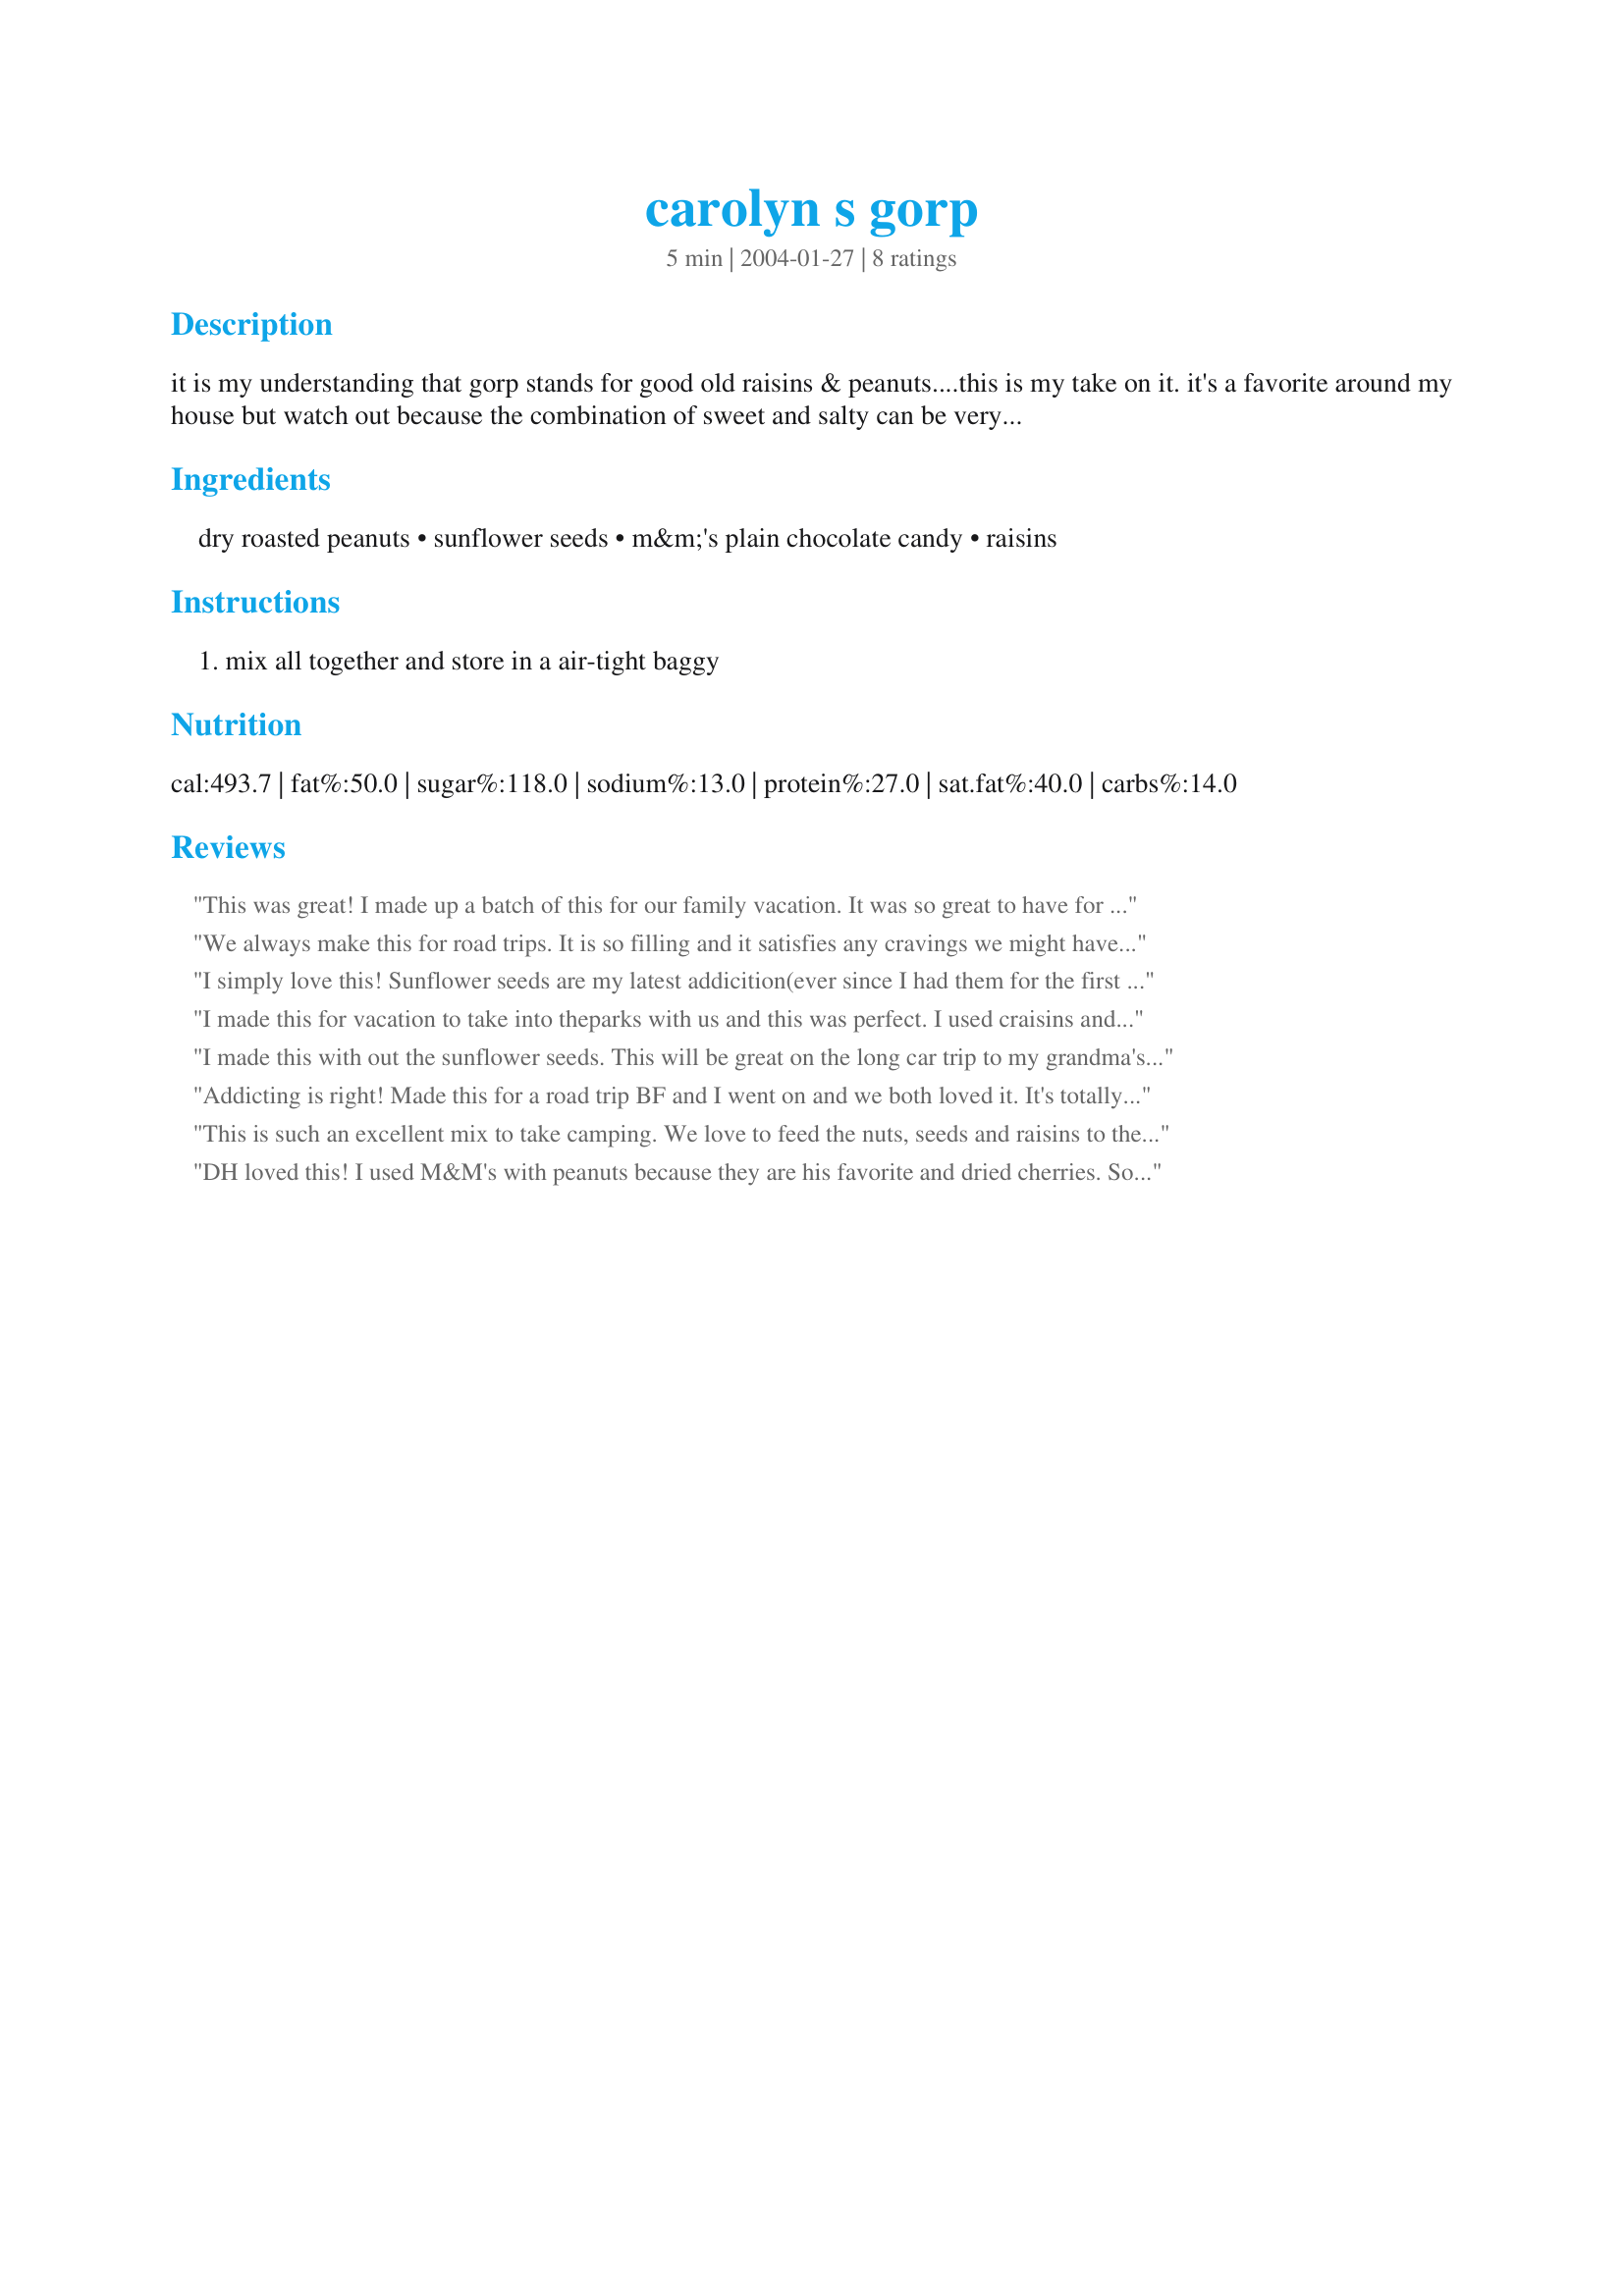
carolyn s gorp
Preparation time: 5 minutes

it is my understanding that gorp stands for good old raisins & peanuts....this is my take on it. it's a favorite around my house but watch out because the combination of sweet and salty can be very addictive.

Ingredients:
dry roasted peanuts, sunflower seeds, m&m's plain chocolate candy, raisins

Steps:
mix all together and store in a air-tight baggy

Reviews:
This was great! I made up a batch of this for our family vacation. It was so great to have for the long car ride. I carried plastic cups along and passed out servings to my kids whenever they shouted that they were hungry! So easy and yummy!
We always make this for road trips. It is so filling and it satisfies any cravings we might have so we can avoid Gas station snacking (you know, grabbing chocolate bars, bags of chips, etc.) I have never used sunflower seeds before, but that might be a really nice addition. 
For ease of measuring, I always get a can of planter's salted peanuts, a box of raisins (not the small individual boxes, but one size up) and the big bag of M&M's. The longer it sits the better it tastes.
I simply love this! Sunflower seeds are my latest addicition(ever since I had them for the first time in Pizza Hut here in FL, USA). Peanuts have been my all-time favourite nuts and chocolate is what the 'C' in my name stands for. When I saw this recipe, I simply put it together and voila! It is ADDICTIVE! I will have to go make some more because my dad is enjoying this just as much as I am:-)
Thank you for sharing such a fun and easy to fix goodie!
I made this for vacation to take into theparks with us and this was perfect. I used craisins and it was great. I liked the combo of salty and sweet. Thank you for posting.
I made this with out the sunflower seeds. This will be great on the long car trip to my grandma's house. :)
Addicting is right! Made this for a road trip BF and I went on and we both loved it. It's totally filling and the sweet and salty is perfect. I used dried cranberries and a mix of peanut and regular M&Ms for an excellent mix of flavors. Thanks!
This is such an excellent mix to take camping. We love to feed the nuts, seeds and raisins to the chipmunks too! They are so cute when they stuff their little cheeks. And that saves all the M&M's for me!! 
Thanks for posting this recipe and I hope everyone loves it as much as we do in our family.
DH loved this! I used M&M's with peanuts because they are his favorite and dried cherries. So good and easy to put together! A great snack and I will be making it again and again! Thanks Mg for posting!
